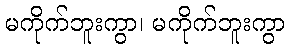
မကိုက်ဘူးကွာ၊ မကိုက်ဘူးကွာ